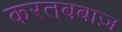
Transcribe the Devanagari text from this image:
करतबबाज़